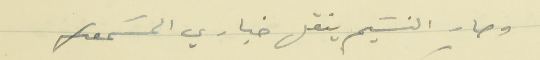
وصار النسَيم ينقل خباري المسَمعك